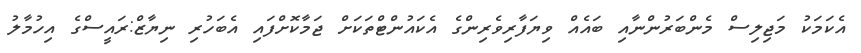
އެކަމަކު މަޖިލިސް މެންބަރުންނާއި ބައެއް ވިޔަފާރިވެރިންގެ އެކައުންޓްތަކަށް ޖަމާކޮށްފައި އެބަހުރި ނިޔާޒް:ރައީސްގެ އިހުމާލު